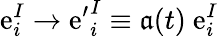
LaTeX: \mathrm{e}_{i}^{I}\to{\mathrm{e}^{\prime}}_{i}^{I}\equiv\mathfrak{a}(t)~\mathrm{e}_{i}^{I}